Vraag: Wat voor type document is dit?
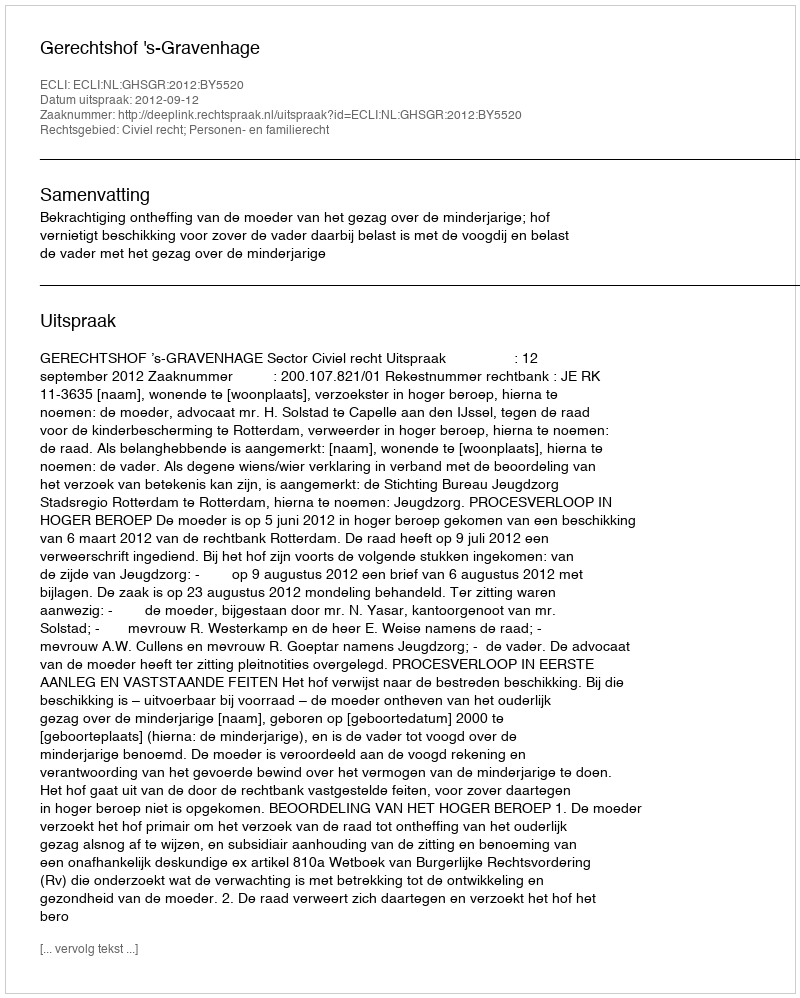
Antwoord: Uitspraak